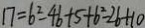
1 7 = b ^ { 2 } - 4 b + 5 + b ^ { 2 } - 2 b + 1 0